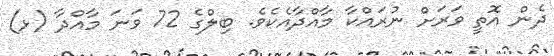
ދެން އޮތީ ވަރަށް ނުރައްކާ މާއްދާއެކެވެ. ބިލްގެ 72 ވަނަ މާއްދާ (ޅ)